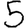
Digit: 5